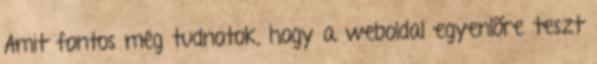
Amit fontos még tudnotok, hogy a weboldal egyenlõre teszt